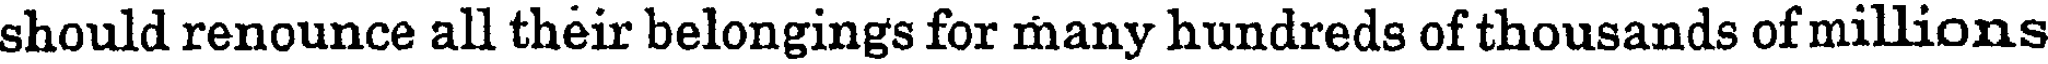
should renounce all their belongings for many hundreds of thousands of millions